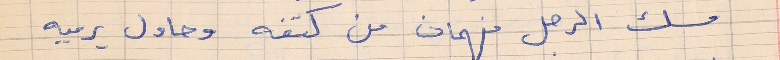
مسك الرحل فهمان من كتفه وحاول يرميه